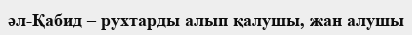
әл-Қабид – рухтарды алып қалушы, жан алушы